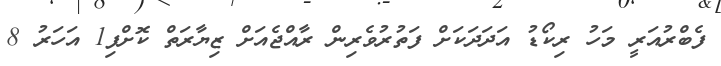
ފެބްރުއަރީ މަހު ރިކޯޑު އަދަދަކަށް ފަތުރުވެރިން ރާއްޖެއަށް ޒިޔާރަތް ކޮށްފި1 އަހަރު 8